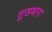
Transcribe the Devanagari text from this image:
सुखधारा